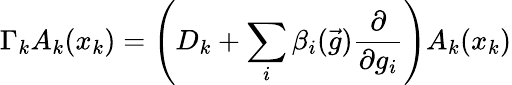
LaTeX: \Gamma_{k}A_{k}(x_{k})=\left(D_{k}+\sum_{i}\beta_{i}(\vec{g})\frac{\partial}{\partial g_{i}}\right)A_{k}(x_{k})